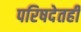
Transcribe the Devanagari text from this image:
परिषदेतही